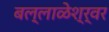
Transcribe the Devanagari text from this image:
बल्लाळेश्र्वर